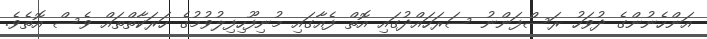
އަންހެނުންގެ ދުވަހު ރަސްފަންނު ސަރަހައްދުގައި އޮތް ފެއާގައި މުނިފޫހިފިލުވުމުގެ ހަރަކާތްތައް ވެސް އޮތެވެ.